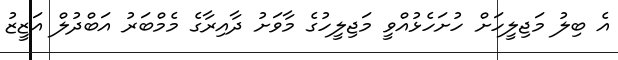
އެ ބިލު މަޖިލީހަށް ހުށަހެޅުއްވީ މަޖިލީހުގެ މާވަށު ދާއިރާގެ މެމްބަރު އަބްދުލް އަޒީޒު